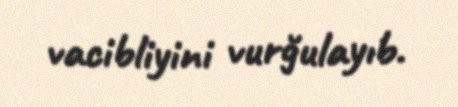
vacibliyini vurğulayıb.